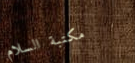
مكتبة السلام